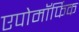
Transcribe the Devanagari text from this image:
एपोमॉर्फिक